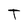
Character: T